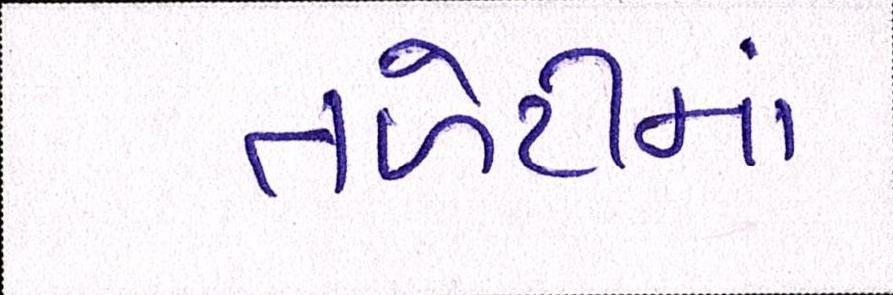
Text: તળેટીમાં